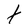
Character: t